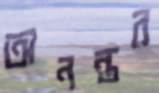
অনন্তর